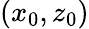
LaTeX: (x_{0},z_{0})